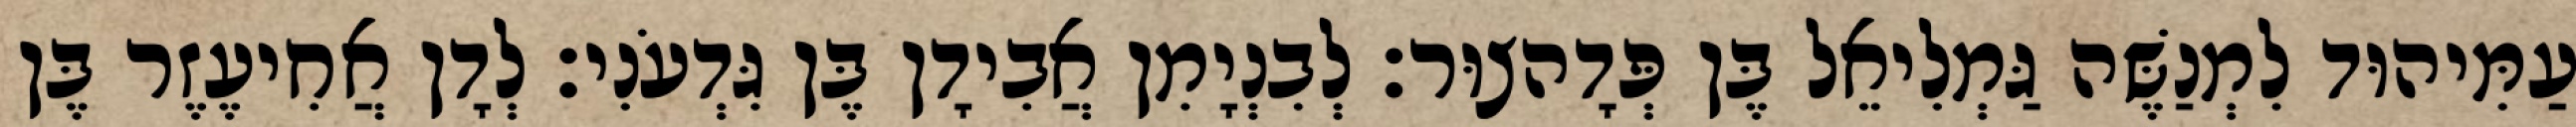
עַמִּיהוּד לִמְנַשֶּׁה גַּמְלִיאֵל בֶּן פְּדָהצוּר׃ לְבִנְיָמִן אֲבִידָן בֶּן גִּדְעֹנִי׃ לְדָן אֲחִיעֶזֶר בֶּן